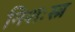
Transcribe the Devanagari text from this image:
निशःस्त्र